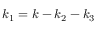
k _ { 1 } = k - k _ { 2 } - k _ { 3 }